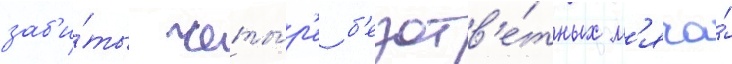
заб'и́ты четы́р'е б'езотв'е́тных м'яча́